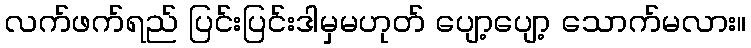
လက်ဖက်ရည် ပြင်းပြင်းဒါမှမဟုတ် ပျော့ပျော့ သောက်မလား။